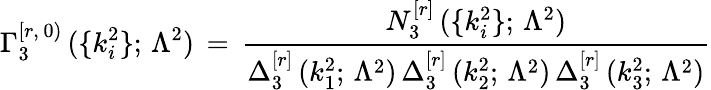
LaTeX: \Gamma_{3}^{[r,\, 0)}\, (\{ k_{i}^{2}\} ;\, \Lambda^{2})\, =\, \frac{N_{3}^{[r]}\, (\{ k_{i}^{2}\} ;\, \Lambda^{2})}{\Delta_{3}^{[r]}\, (k_{1}^{2};\, \Lambda^{2})\, \Delta_{3}^{[r]}\, (k_{2}^{2};\, \Lambda^{2})\, \Delta_{3}^{[r]}\, (k_{3}^{2};\, \Lambda^{2})}